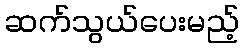
ဆက်သွယ်ပေးမည့်